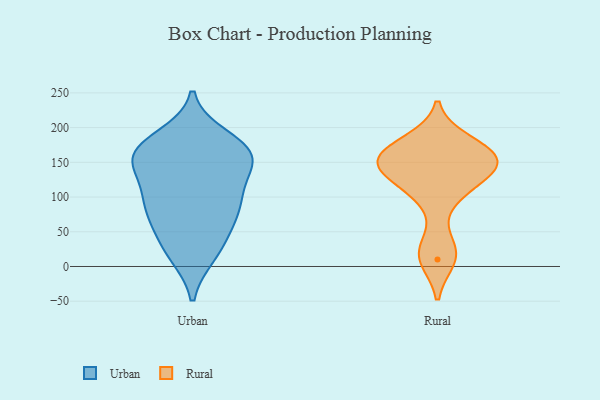
{"axis": {"x": "LTV (USD)", "y": "Value"}, "legend": ["Rural", "Urban"], "data": [{"x": "", "y": 97, "type": "Urban"}, {"x": "", "y": 134, "type": "Urban"}, {"x": "", "y": 169, "type": "Urban"}, {"x": "", "y": 88, "type": "Urban"}, {"x": "", "y": 172, "type": "Urban"}, {"x": "", "y": 148, "type": "Urban"}, {"x": "", "y": 18, "type": "Urban"}, {"x": "", "y": 160, "type": "Urban"}, {"x": "", "y": 56, "type": "Urban"}, {"x": "", "y": 17, "type": "Urban"}, {"x": "", "y": 170, "type": "Urban"}, {"x": "", "y": 158, "type": "Urban"}, {"x": "", "y": 103, "type": "Urban"}, {"x": "", "y": 145, "type": "Urban"}, {"x": "", "y": 186, "type": "Urban"}, {"x": "", "y": 83, "type": "Urban"}, {"x": "", "y": 38, "type": "Urban"}, {"x": "", "y": 80, "type": "Urban"}, {"x": "", "y": 123, "type": "Rural"}, {"x": "", "y": 10, "type": "Rural"}, {"x": "", "y": 145, "type": "Rural"}, {"x": "", "y": 160, "type": "Rural"}, {"x": "", "y": 151, "type": "Rural"}, {"x": "", "y": 180, "type": "Rural"}, {"x": "", "y": 102, "type": "Rural"}, {"x": "", "y": 164, "type": "Rural"}, {"x": "", "y": 25, "type": "Rural"}, {"x": "", "y": 145, "type": "Rural"}]}